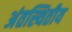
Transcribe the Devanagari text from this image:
अंतस्थितीय